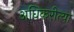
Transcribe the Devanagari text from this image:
अधिकरीत्या